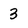
Character: 3